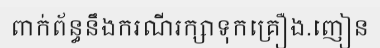
ពាក់ព័ន្ធនឹងករណីរក្សាទុកគ្រឿង.ញៀន